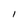
Character: I